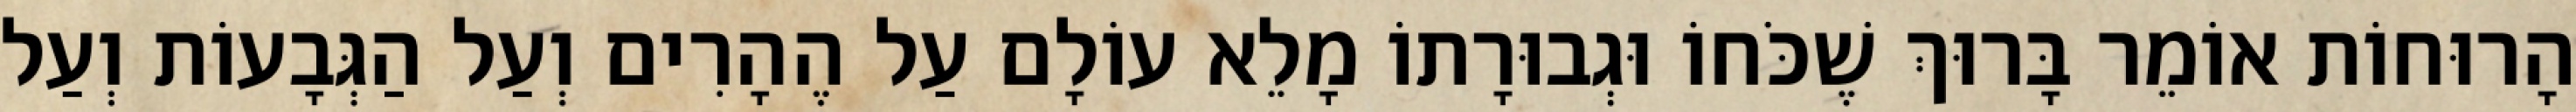
הָרוּחוֹת אוֹמֵר בָּרוּךְ שֶׁכֹּחוֹ וּגְבוּרָתוֹ מָלֵא עוֹלָם עַל הֶהָרִים וְעַל הַגְּבָעוֹת וְעַל